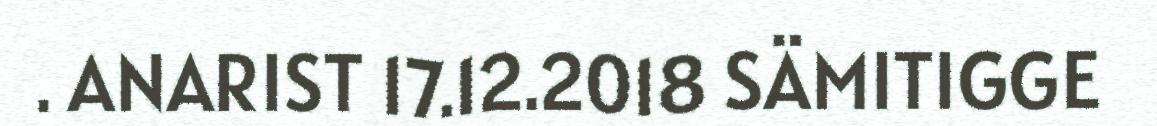
. ANARIST 17.12.2018 SÄMITIGGE